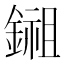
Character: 鎺